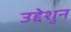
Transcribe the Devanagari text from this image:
उद्देशुन